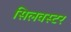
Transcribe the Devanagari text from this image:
सिलवस्टर